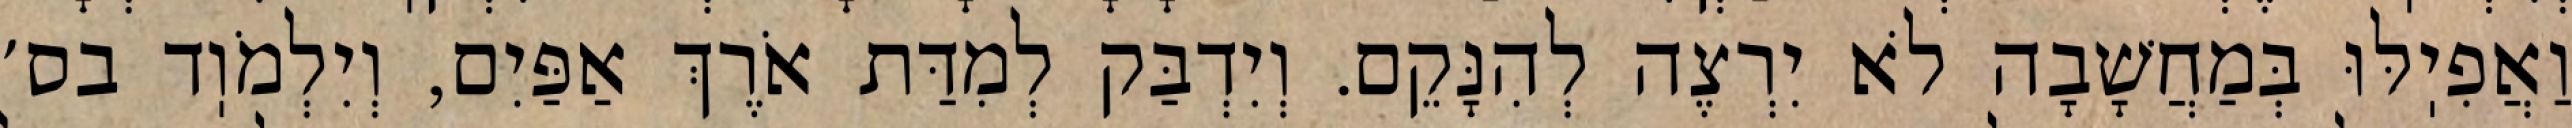
וַאֲפִיֽלּוּ בְּמַחֲשָׁבָה לֹא יִרְצֶה לְהִנָּקֵם. וְיִדְבַּק לְמִדַּת אֹרֶךְ אַפַּיִם, וְיִלְמֹוֽד בס׳